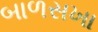
બાળસખા